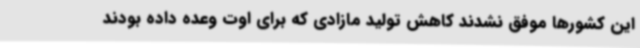
این کشورها موفق نشدند کاهش تولید مازادی که برای اوت وعده داده بودند